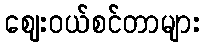
ဈေးဝယ်စင်တာများ